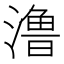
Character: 澛